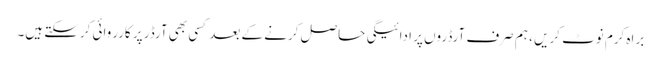
براہ کرم نوٹ کریں ، ہم صرف آرڈروں پر ادائیگی حاصل کرنے کے بعد کسی بھی آرڈر پر کارروائی کرسکتے ہیں۔